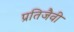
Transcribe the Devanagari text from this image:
प्रतिजैवी